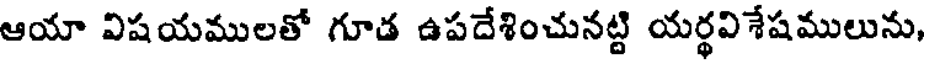
ఆయా విషయములతో గూడ ఉపదేశించునట్టి యర్థవిశేషములును,